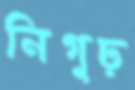
নিগূঢ়